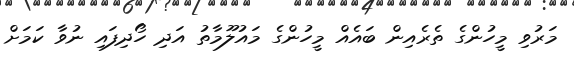
މަރުވި މީހުންގެ ތެރެއިން ބައެއް މީހުންގެ މައުލޫމާތު އަދި ހޯދިފައި ނުވާ ކަމަށް